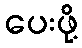
ပေးဖို့